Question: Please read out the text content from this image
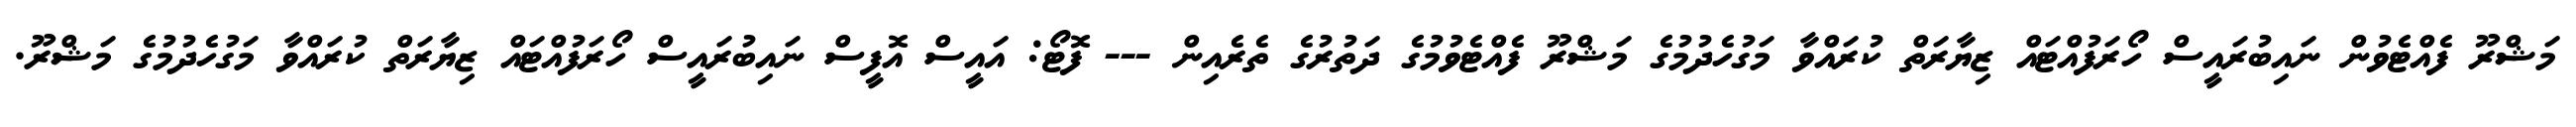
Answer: މަޝްރޫ ފެއްޓެވުން ނައިބުރައީސް ހޯރަފުއްޓައް ޒިޔާރަތް ކުރައްވާ މަގުހެދުމުގެ މަޝްރޫ ފެއްޓެވުމުގެ ދަތުރުގެ ތެރެއިން --- ފޮޓޯ: އައީސް އޮފީސް ނައިބުރައީސް ހޯރަފުއްޓައް ޒިޔާރަތް ކުރައްވާ މަގުހެދުމުގެ މަޝްރޫ.